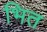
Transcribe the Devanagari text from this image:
भित